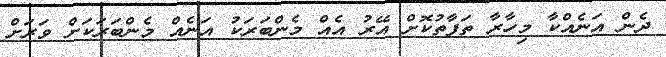
ދެން އަނެއްކާ މިހާރާ ތަފާތުކޮށް އޭރު އެއް މެންބަރަކު އަނެއް މެންބަރަކަށް ވަރަށް